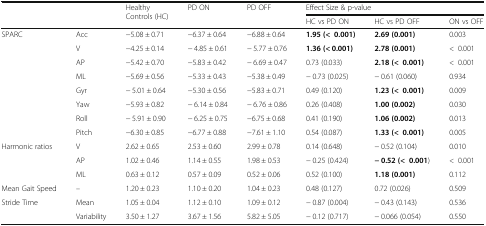
<table><thead><tr><td rowspan="2" colspan="2"></td><td rowspan="2"><b>Healthy Controls (HC)</b></td><td rowspan="2"><b>PD ON</b></td><td rowspan="2"><b>PD OFF</b></td><td colspan="3"><b>Effect Size &amp; p-value</b></td></tr><tr><td><b>HC vs PD ON</b></td><td><b>HC vs PD OFF</b></td><td><b>ON vs OFF</b></td></tr></thead><tbody><tr><td rowspan="8">SPARC</td><td>Acc</td><td>−5.08 ± 0.71</td><td>−6.37 ± 0.64</td><td>−6.88 ± 0.64</td><td><b>1.95 (&lt;0.001)</b></td><td><b>2.69 (0.001)</b></td><td>0.003</td></tr><tr><td>V</td><td>−4.25 ± 0.14</td><td>− 4.85 ± 0.61</td><td>− 5.77 ± 0.76</td><td><b>1.36 (&lt; 0.001)</b></td><td><b>2.78 (0.001)</b></td><td>&lt;0.001</td></tr><tr><td>AP</td><td>−5.42 ± 0.70</td><td>−5.83 ± 0.42</td><td>− 6.69 ± 0.47</td><td>0.73 (0.033)</td><td><b>2.18 (&lt;0.001)</b></td><td>&lt;0.001</td></tr><tr><td>ML</td><td>−5.69 ± 0.56</td><td>−5.33 ± 0.43</td><td>−5.38 ± 0.49</td><td>− 0.73 (0.025)</td><td>− 0.61 (0.060)</td><td>0.934</td></tr><tr><td>Gyr</td><td>− 5.01 ± 0.64</td><td>−5.30 ± 0.56</td><td>−5.83 ± 0.71</td><td>0.49 (0.120)</td><td><b>1.23 (&lt;0.001)</b></td><td>0.009</td></tr><tr><td>Yaw</td><td>−5.93 ± 0.82</td><td>− 6.14 ± 0.84</td><td>− 6.76 ± 0.86</td><td>0.26 (0.408)</td><td><b>1.00 (0.002)</b></td><td>0.030</td></tr><tr><td>Roll</td><td>− 5.91 ± 0.90</td><td>− 6.25 ± 0.75</td><td>−6.75 ± 0.68</td><td>0.41 (0.190)</td><td><b>1.06 (0.002)</b></td><td>0.013</td></tr><tr><td>Pitch</td><td>−6.30 ± 0.85</td><td>−6.77 ± 0.88</td><td>−7.61 ± 1.10</td><td>0.54 (0.087)</td><td><b>1.33 (&lt;0.001)</b></td><td>0.005</td></tr><tr><td rowspan="3">Harmonic ratios</td><td>V</td><td>2.62 ± 0.65</td><td>2.53 ± 0.60</td><td>2.99 ± 0.78</td><td>0.14 (0.648)</td><td>− 0.52 (0.104)</td><td>0.010</td></tr><tr><td>AP</td><td>1.02 ± 0.46</td><td>1.14 ± 0.55</td><td>1.98 ± 0.53</td><td>− 0.25 (0.424)</td><td><b>− 0.52 (&lt;0.001</b>)</td><td>&lt;0.001</td></tr><tr><td>ML</td><td>0.63 ± 0.12</td><td>0.57 ± 0.09</td><td>0.52 ± 0.06</td><td>0.52 (0.100)</td><td><b>1.18 (0.001)</b></td><td>0.112</td></tr><tr><td>Mean Gait Speed</td><td>–</td><td>1.20 ± 0.23</td><td>1.10 ± 0.20</td><td>1.04 ± 0.23</td><td>0.48 (0.127)</td><td>0.72 (0.026)</td><td>0.509</td></tr><tr><td rowspan="2">Stride Time</td><td>Mean</td><td>1.05 ± 0.04</td><td>1.12 ± 0.10</td><td>1.09 ± 0.12</td><td>− 0.87 (0.004)</td><td>− 0.43 (0.143)</td><td>0.536</td></tr><tr><td>Variability</td><td>3.50 ± 1.27</td><td>3.67 ± 1.56</td><td>5.82 ± 5.05</td><td>− 0.12 (0.717)</td><td>− 0.066 (0.054)</td><td>0.550</td></tr></tbody></table>